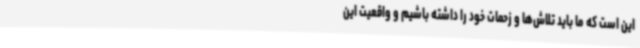
این است که ما باید تلاش‌ها و زحمات خود را داشته باشیم و واقعیت این